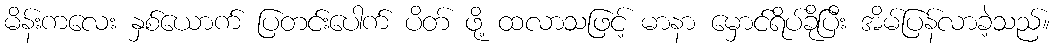
မိန်းကလေး နှစ်ယောက် ပြတင်းပေါက် ပိတ် ဖို့ ထလာသဖြင့် မာနာ မှောင်ရိပ်ခိုပြီး အိမ်ပြန်လာခဲ့သည်။